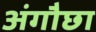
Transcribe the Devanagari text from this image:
अंगौछा